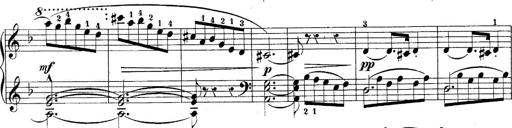
Title: 10 Sonatines progressives
Composer: Anton Schmoll